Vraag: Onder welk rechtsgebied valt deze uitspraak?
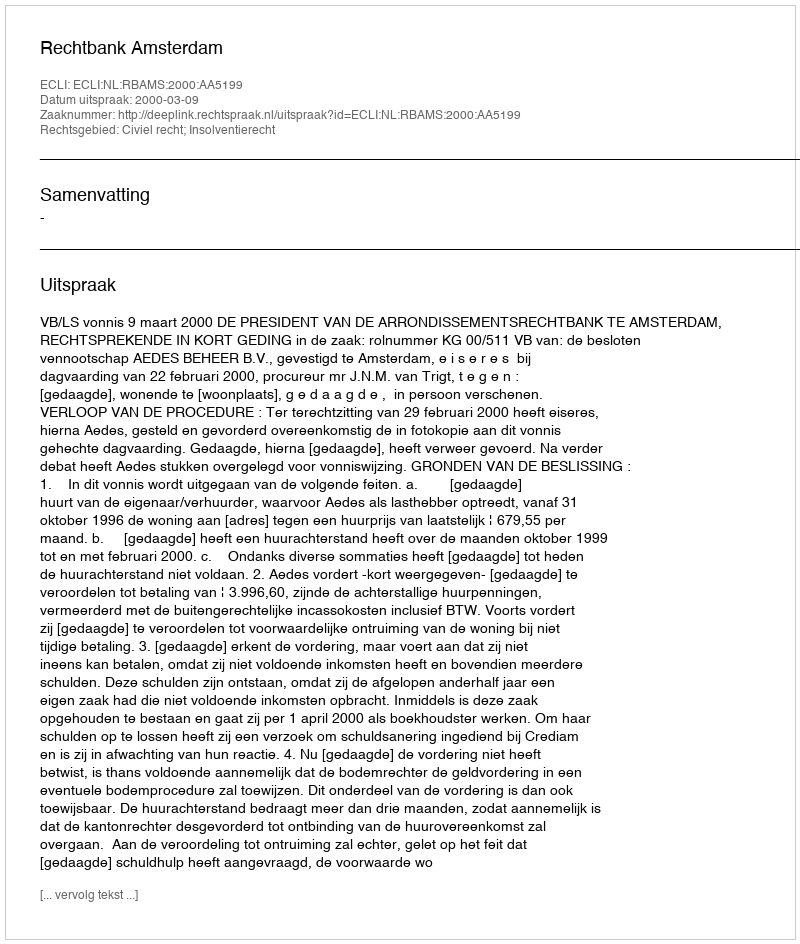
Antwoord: Civiel recht; Insolventierecht